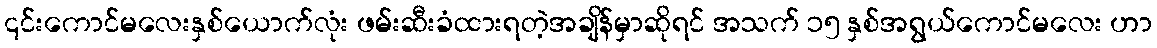
၎င်းကောင်မလေးနှစ်ယောက်လုံး ဖမ်းဆီးခံထားရတဲ့အချိန်မှာဆိုရင် အသက် ၁၅ နှစ်အရွယ်ကောင်မလေး ဟာ